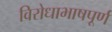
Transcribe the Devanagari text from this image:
विरोधाभाषपूर्ण